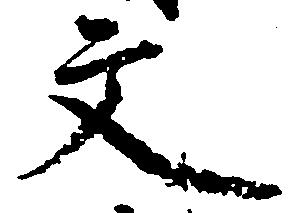
文